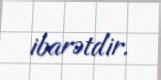
ibarətdir.